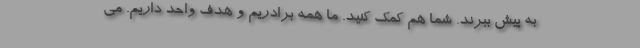
به پیش ببرند. شما هم کمک کنید. ما همه برادریم و هدف واحد داریم. می